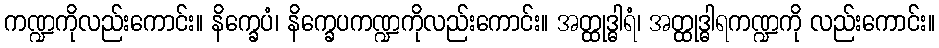
ကဏ္ဍကိုလည်းကောင်း။ နိက္ခေပံ၊ နိက္ခေပကဏ္ဍကိုလည်းကောင်း။ အတ္ထုဒ္ဓါရံ၊ အတ္ထုဒ္ဓါရကဏ္ဍကို လည်းကောင်း။